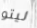
ليتو